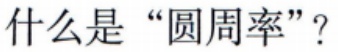
什么是“圆周率”？